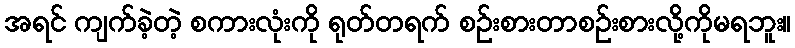
အရင် ကျက်ခဲ့တဲ့ စကားလုံးကို ရုတ်တရက် စဉ်းစားတာစဉ်းစားလို့ကိုမရဘူး။